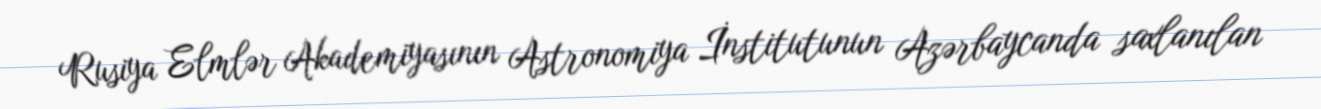
Rusiya Elmlər Akademiyasının Astronomiya İnstitutunun Azərbaycanda saxlanılan